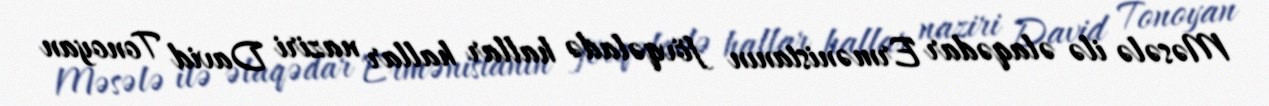
Məsələ ilə əlaqədar Ermənistanın fövqəladə hallar hallar naziri David Tonoyan